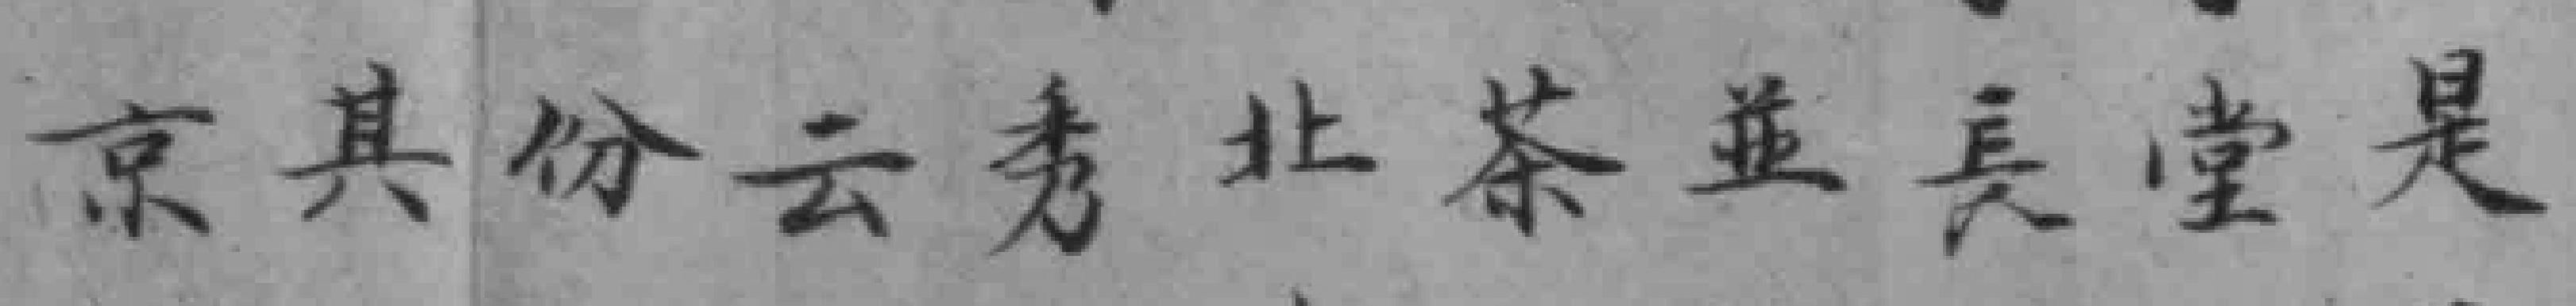
京其份云秀北茶並長堂是